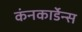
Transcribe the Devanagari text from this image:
कंनकार्डेन्स